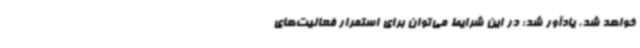
خواهد شد، یادآور شد: در این شرایط می‌توان برای استمرار فعالیت‌های